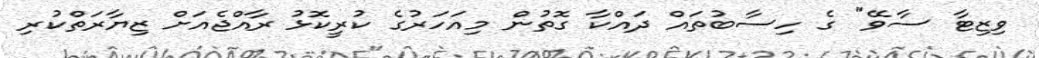
ވިޒިޓާ ސާވޭ" ގެ ހިސާބުތައް ދައްކާ ގޮތުން މިއަހަރުގެ ކުރީކޮޅު ރާއްޖެއަށް ޒިޔާރަތްކުރި